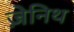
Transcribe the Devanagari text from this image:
ज़ेनिथ